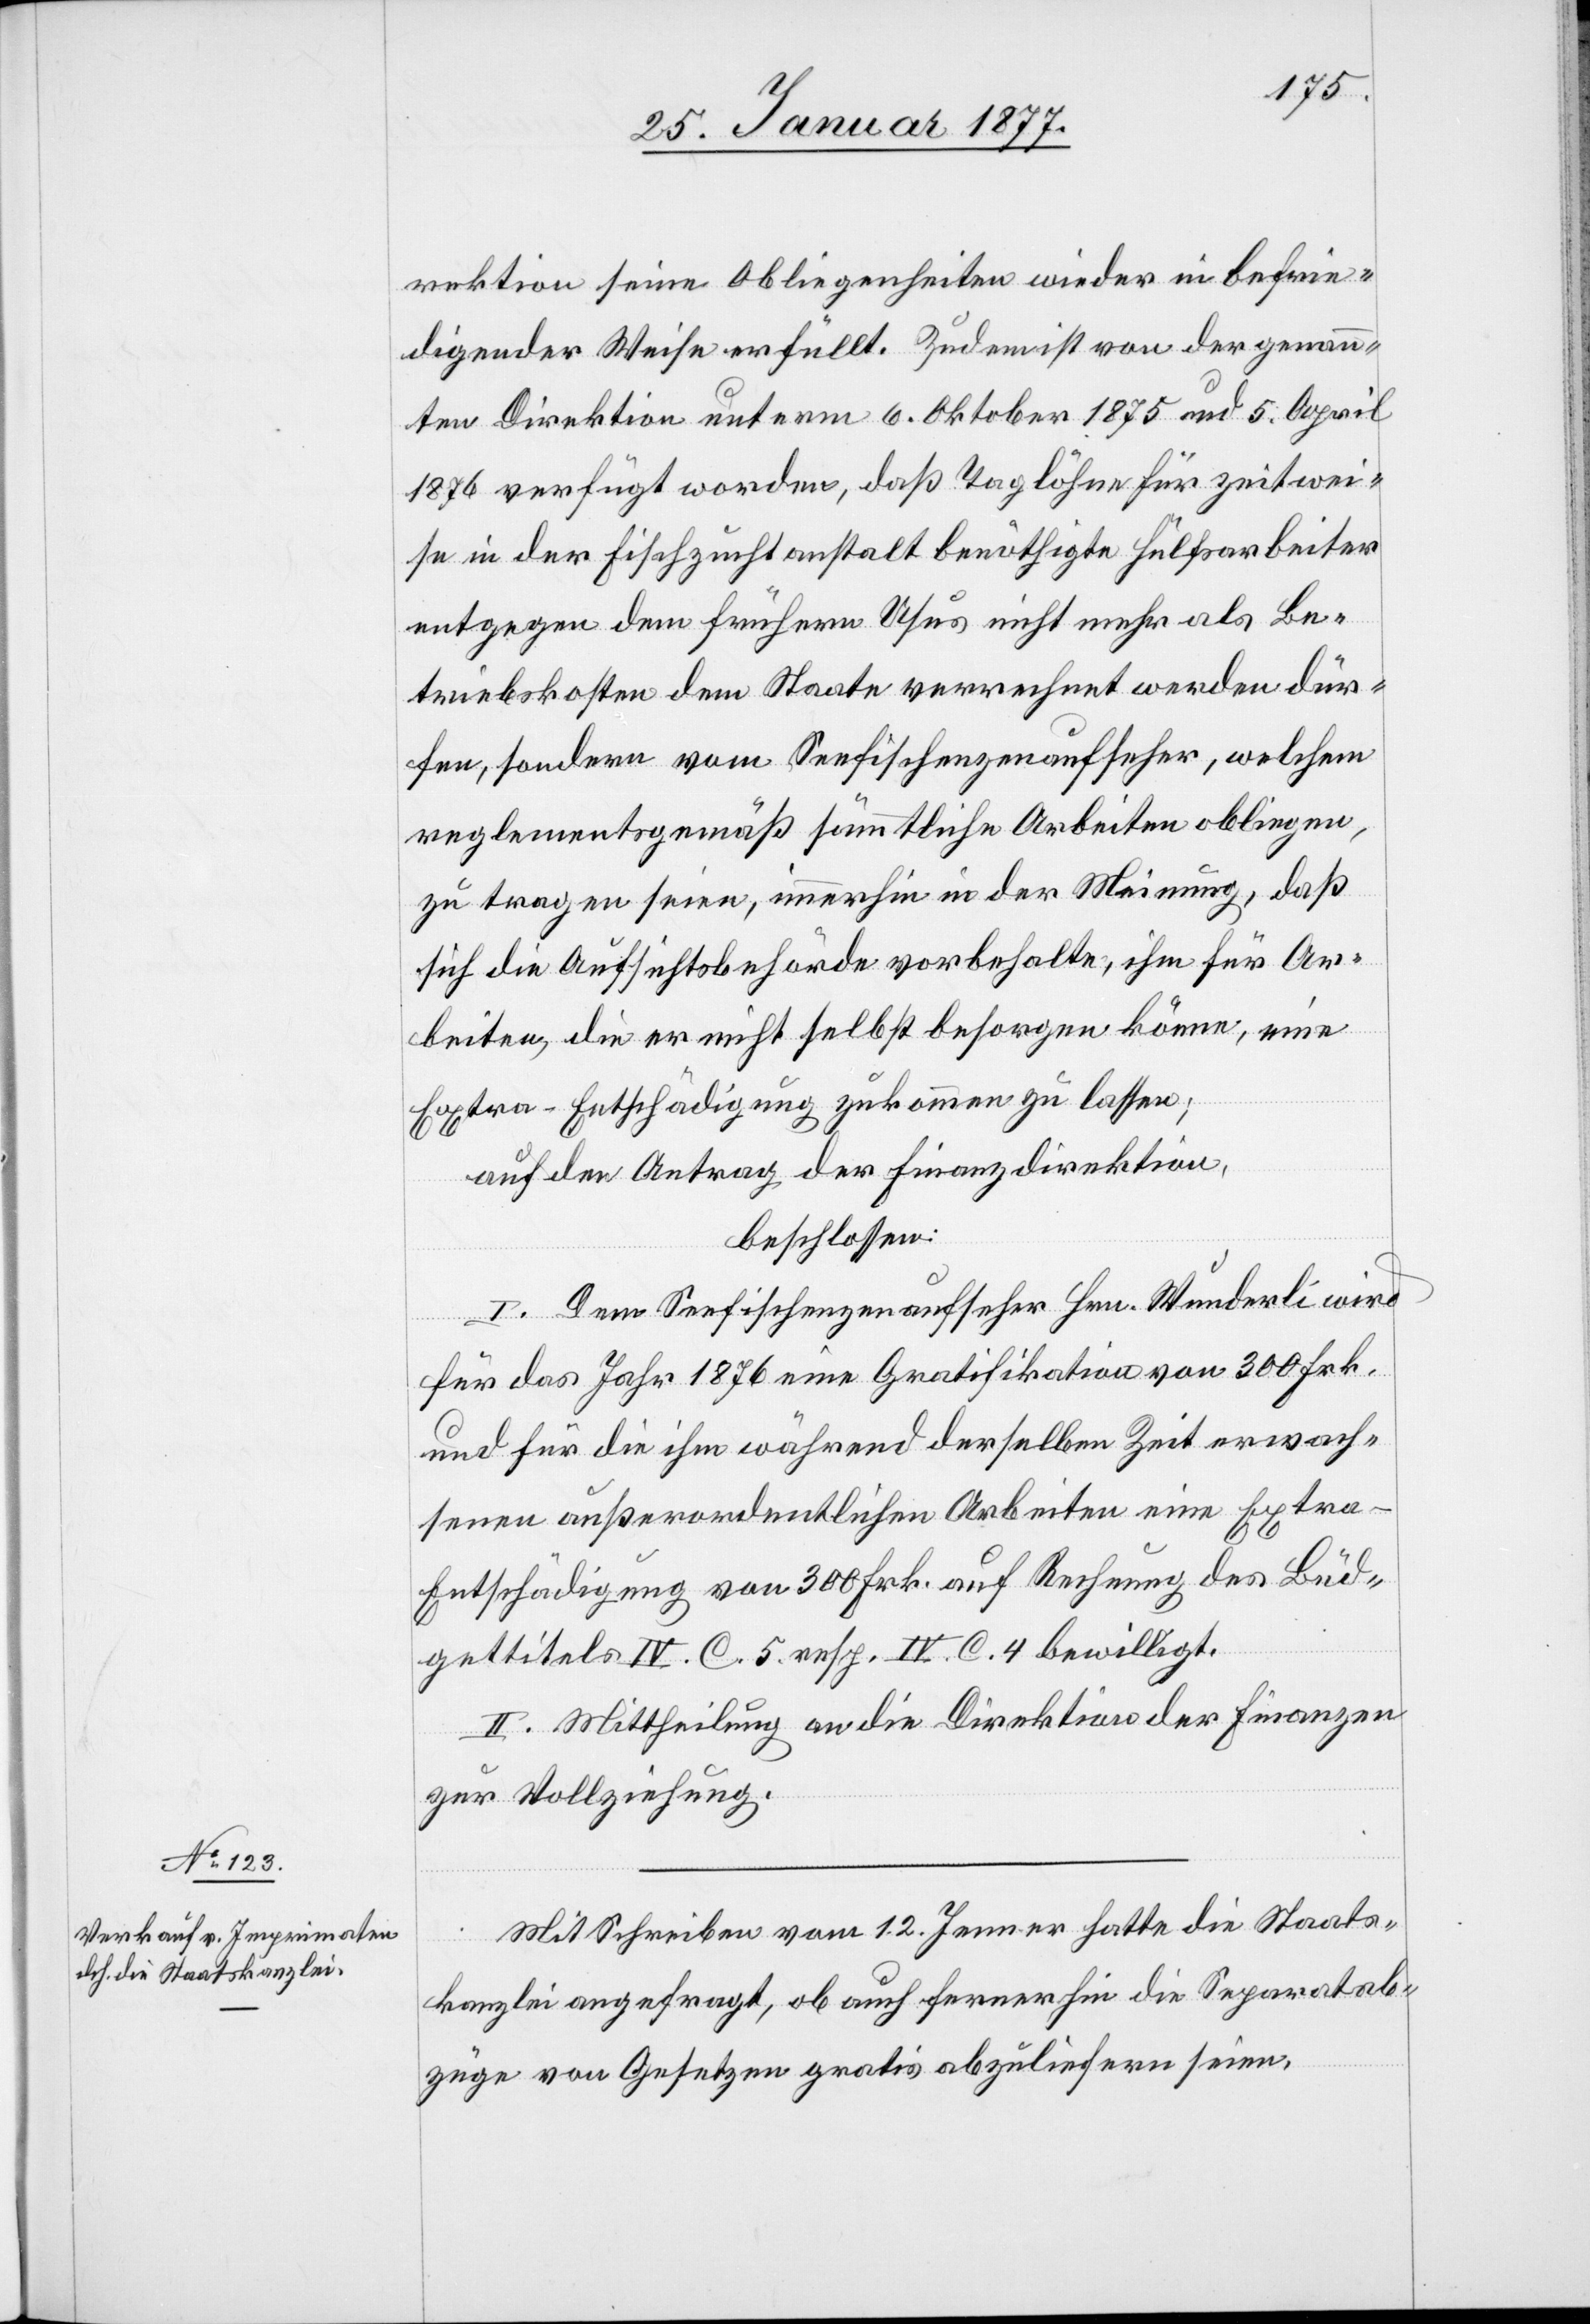
rektion seine Obliegenheiten wieder in befrie¬
digender Weise erfüllt. Zudem ist von der genann¬
ten Direktion unterm 6. Oktober 1875 und 5. April
1876 verfügt worden, daß Taglöhne für zeitwei¬
se in der Fischzuchtanstalt benöthigte Hülfsarbeiter
entgegen dem frühern Usus nicht mehr als Be¬
triebskosten dem Staate verrechnet werden dür¬
fen, sondern vom Seefischenzenaufseher, welchem
reglementsgemäß sämmtliche Arbeiten obliegen,
zu tragen seien, immerhin in der Meinung, daß
sich die Aufsichtsbehörde vorbehalte, ihm für Ar¬
beiten, die er nicht selbst besorgen könne, eine
Extra-Entschädigung zukommen zu lassen;
auf den Antrag der Finanzdirektion,
beschlossen:
I. Dem Seefischenzenaufseher Hrn. Wunderli wird
für das Jahr 1876 eine Gratifikation von 300 Frk.
und für die ihm während derselben Zeit erwach¬
senen außerordentlichen Arbeiten eine Extra-E¬
ntschädigung von 300 Frk. auf Rechnung des Büd¬
gettitels IV. C. 5. resp. IV. C. 4 bewilligt.
II. Mittheilung an die Direktion der Finanzen
zur Vollziehung.
Mit Schreiben vom 12. Jenner hatte die Staats¬
kanzlei angefragt, ob auch fernerhin die Separatab¬
züge von Gesetzen gratis abzuliefern seien.